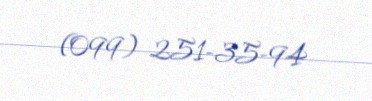
(099) 251-35-94